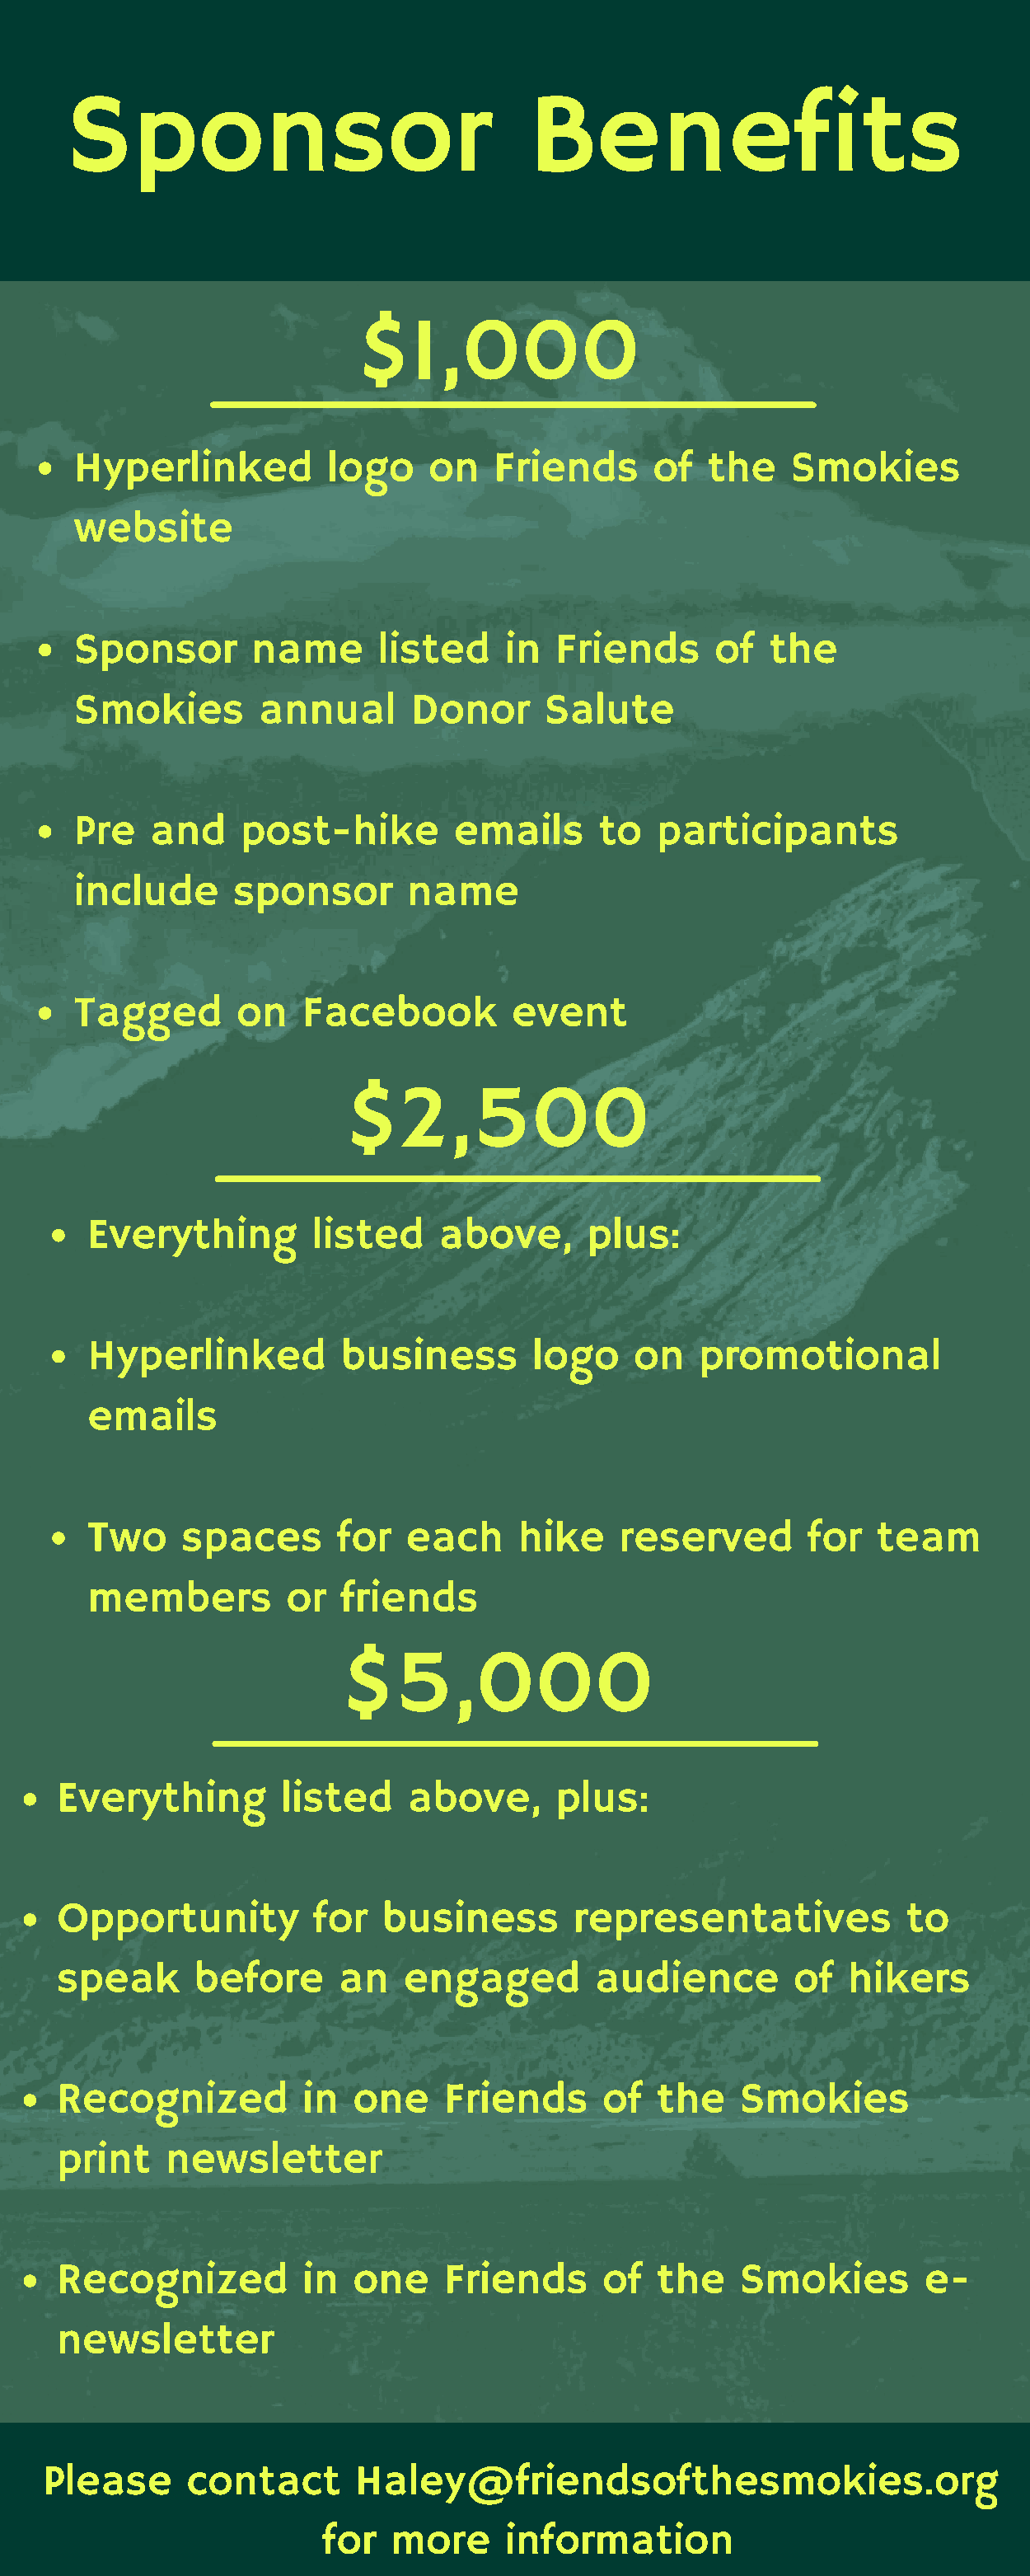
Sponsor                              Benefits
 $1,000
 Hyperlinked         logo    on    Friends     of   the    Smokies
 website
 Sponsor       name      listed     in  Friends     of   the
 Smokies        annual      Donor      Salute
 Pre   and    post-hike        emails      to   participants
 include      sponsor       name
 Tagged       on   Facebook         event
 $2,500
 Everything        listed    above,      plus:
 Hyperlinked         business        logo    on   promotional
 emails
 Two     spaces      for   each     hike    reserved       for  team
 members         or  friends
 $5,000
 Everything        listed    above,      plus:
 Opportunity         for   business       representatives            to
 speak      before     an   engaged         audience        of  hikers
 Recognized         in  one     Friends     of   the   Smokies
 print   newsletter
 Recognized         in  one     Friends     of   the   Smokies        e-
 newsletter
 Please      contact      Haley@friendsofthesmokies.org
 for  more      information